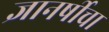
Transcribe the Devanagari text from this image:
ज्ञानर्षीचा